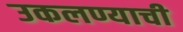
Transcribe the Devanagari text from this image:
उकलण्याची